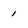
Character: 1